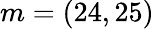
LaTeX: m=(24,25)